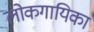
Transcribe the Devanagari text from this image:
लोकगायिका